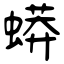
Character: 蟒